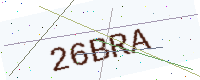
Text: 26BRA